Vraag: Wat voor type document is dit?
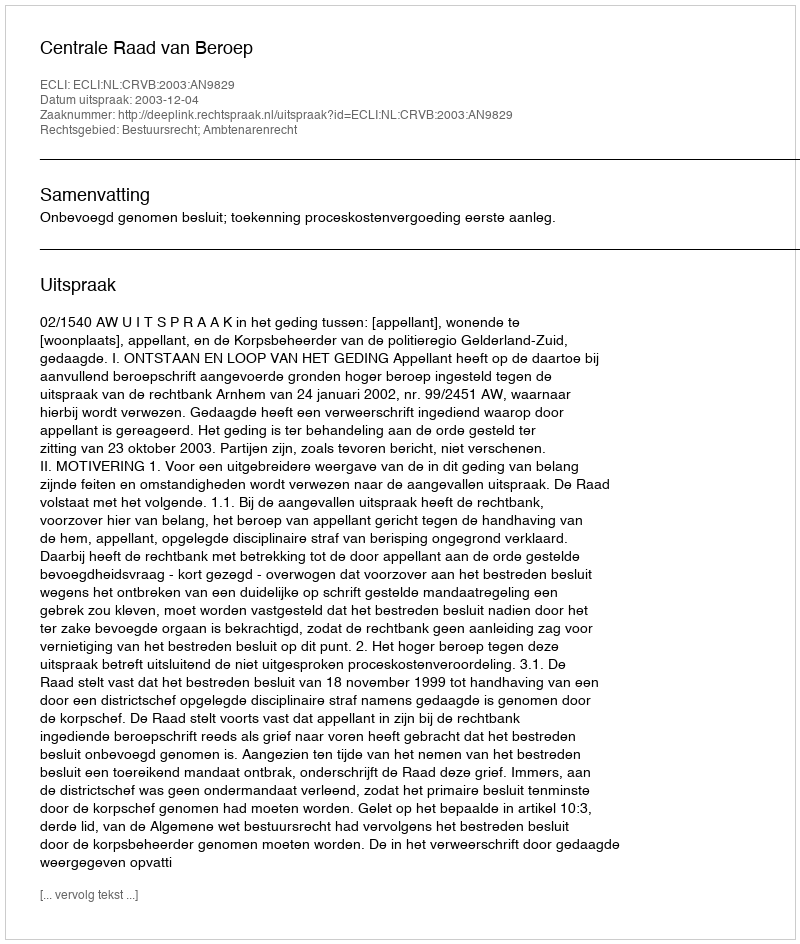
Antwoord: Uitspraak